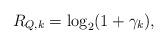
LaTeX: \begin{align*}R_{Q,k} = \log_2(1 + \gamma_k),\end{align*}